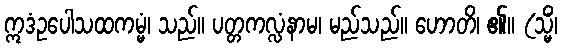
ဣဒံဥပေါသထကမ္မံ၊ သည်။ ပတ္တကလ္လံနာမ၊ မည်သည်။ ဟောတိ၊ ၏။ (သ္မိံ၊